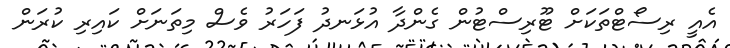
އެއީ ރިސޯޓްތަކަށް ޓޫރިސްޓުން ގެންދާ އުޅަނދު ފަހަރު ވެސް މިތަނަށް ކައިރި ކުރަން